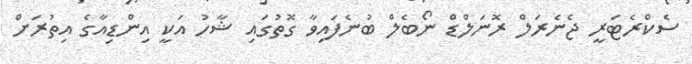
ސެކްރެޓަރީ ޖެނެރަލް ރޮނަލްޑް ނޯބެލް ބުނެފައިވާ ގޮތުގައި ޝާހު އަކީ އިންޑިއާގެ އިތުރަށް